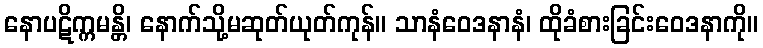
နောပဋိက္ကမန္တိ၊ နောက်သို့မဆုတ်ယုတ်ကုန်။ သာနံဝေဒနာနံ၊ ထိုခံစားခြင်းဝေဒနာကို။